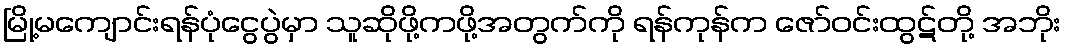
မြို့မကျောင်းရန်ပုံငွေပွဲမှာ သူဆိုဖို့ကဖို့အတွက်ကို ရန်ကုန်က ဇော်ဝင်းထွဋ်တို့ အဘိုး